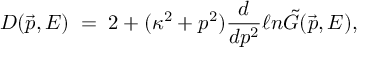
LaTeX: D ( \vec { p } , E ) \; = \; 2 + { ( \kappa ^ { 2 } + p ^ { 2 } ) } \frac { d } { d p ^ { 2 } } \ell n \tilde { G } ( \vec { p } , E ) ,